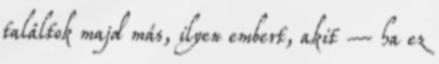
találtok majd más, ilyen embert, akit – ha ez